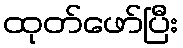
ထုတ်ဖော်ပြီး